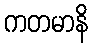
ကတမာနိ